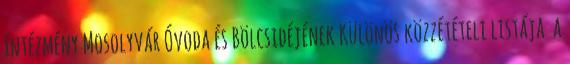
Intézmény Mosolyvár Óvoda és Bölcsıdéjének Különös közzétételi listája a